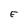
Character: E